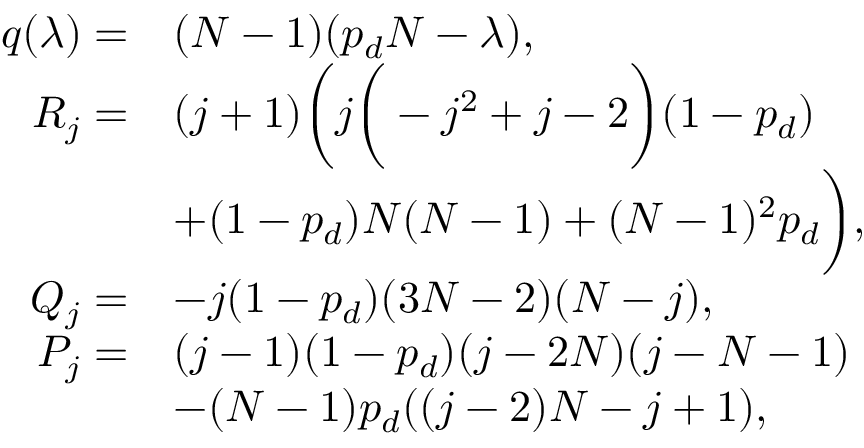
\begin{array} { r l } { q ( \lambda ) = } & { ( N - 1 ) ( p _ { d } N - \lambda ) , } \\ { R _ { j } = } & { ( j + 1 ) \bigg ( j \bigg ( - j ^ { 2 } + j - 2 \bigg ) ( 1 - p _ { d } ) } \\ & { + ( 1 - p _ { d } ) N ( N - 1 ) + ( N - 1 ) ^ { 2 } p _ { d } \bigg ) , } \\ { Q _ { j } = } & { - j ( 1 - p _ { d } ) ( 3 N - 2 ) ( N - j ) , } \\ { P _ { j } = } & { ( j - 1 ) ( 1 - p _ { d } ) ( j - 2 N ) ( j - N - 1 ) } \\ & { - ( N - 1 ) p _ { d } ( ( j - 2 ) N - j + 1 ) , } \end{array}